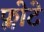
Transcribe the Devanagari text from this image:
फ्लोटे